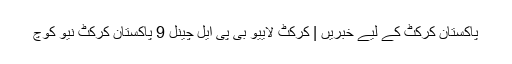
پاکستان کرکٹ کے ليے خبریں | کرکٹ لايیو بی پی ایل چینل 9 پاکستان کرکٹ نیو کوچ